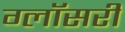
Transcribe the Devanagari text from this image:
ग्लॉसरी